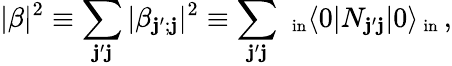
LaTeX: |\beta|^{2}\equiv\sum_{\mathbf{j}^{\prime}\mathbf{j}}|\beta_{\mathbf{j}^{\prime};\mathbf{j}}|^{2}\equiv\sum_{\mathbf{j}^{\prime}\mathbf{j}}\, _{\mathrm{{\small~in}}}\langle0|N_{\mathbf{j}^{\prime}\mathbf{j}}|0\rangle_{\mathrm{{\small~in}}}\, ,